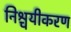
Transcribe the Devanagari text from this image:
निश्चयीकरण